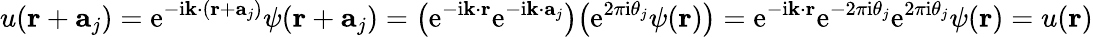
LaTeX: u(\mathbf{r}+\mathbf{a}_{j})=\mathrm{e}^{-\mathrm{i}\mathbf{k}\cdot(\mathbf{r}+\mathbf{a}_{j})}\psi(\mathbf{r}+\mathbf{a}_{j})={\big(}\mathrm{e}^{-\mathrm{i}\mathbf{k}\cdot\mathbf{r}}\mathrm{e}^{-\mathrm{i}\mathbf{k}\cdot\mathbf{a}_{j}}{\big)}{\big(}\mathrm{e}^{2\pi\mathrm{i}\theta_{j}}\psi(\mathbf{r}){\big)}=\mathrm{e}^{-\mathrm{i}\mathbf{k}\cdot\mathbf{r}}\mathrm{e}^{-2\pi\mathrm{i}\theta_{j}}\mathrm{e}^{2\pi\mathrm{i}\theta_{j}}\psi(\mathbf{r})=u(\mathbf{r})